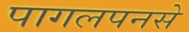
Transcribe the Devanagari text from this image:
पागलपनसे